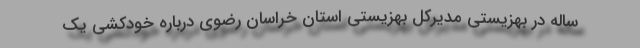
ساله در بهزیستی مدیرکل بهزیستی استان خراسان رضوی درباره خودکشی یک